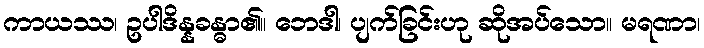
ကာယဿ၊ ဥပါဒိန္နခန္ဓာ၏။ ဘေဒါ၊ ပျက်ခြင်းဟု ဆိုအပ်သော။ မရဏာ၊